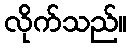
လိုက်သည်။